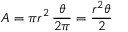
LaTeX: A = \pi r ^ { 2 } \, { \frac { \theta } { 2 \pi } } = { \frac { r ^ { 2 } \theta } { 2 } }